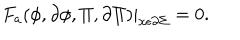
F _ { a } ( \phi , \partial \phi , \Pi , \partial \Pi ) | _ { x \epsilon \partial \Sigma } = 0 .